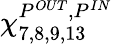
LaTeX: \chi_{7,8,9,13}^{P^{OUT},P^{IN}}